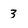
Character: 3